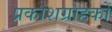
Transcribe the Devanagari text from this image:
प्रकाशग्राहकों